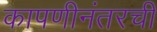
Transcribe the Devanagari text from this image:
कापणीनंतरची